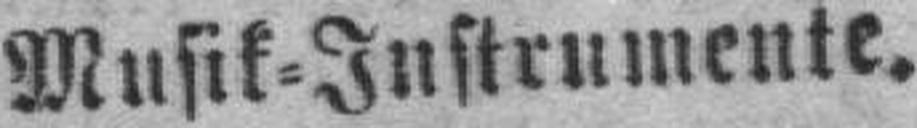
Musik=Instrumente.